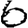
Digit: 6